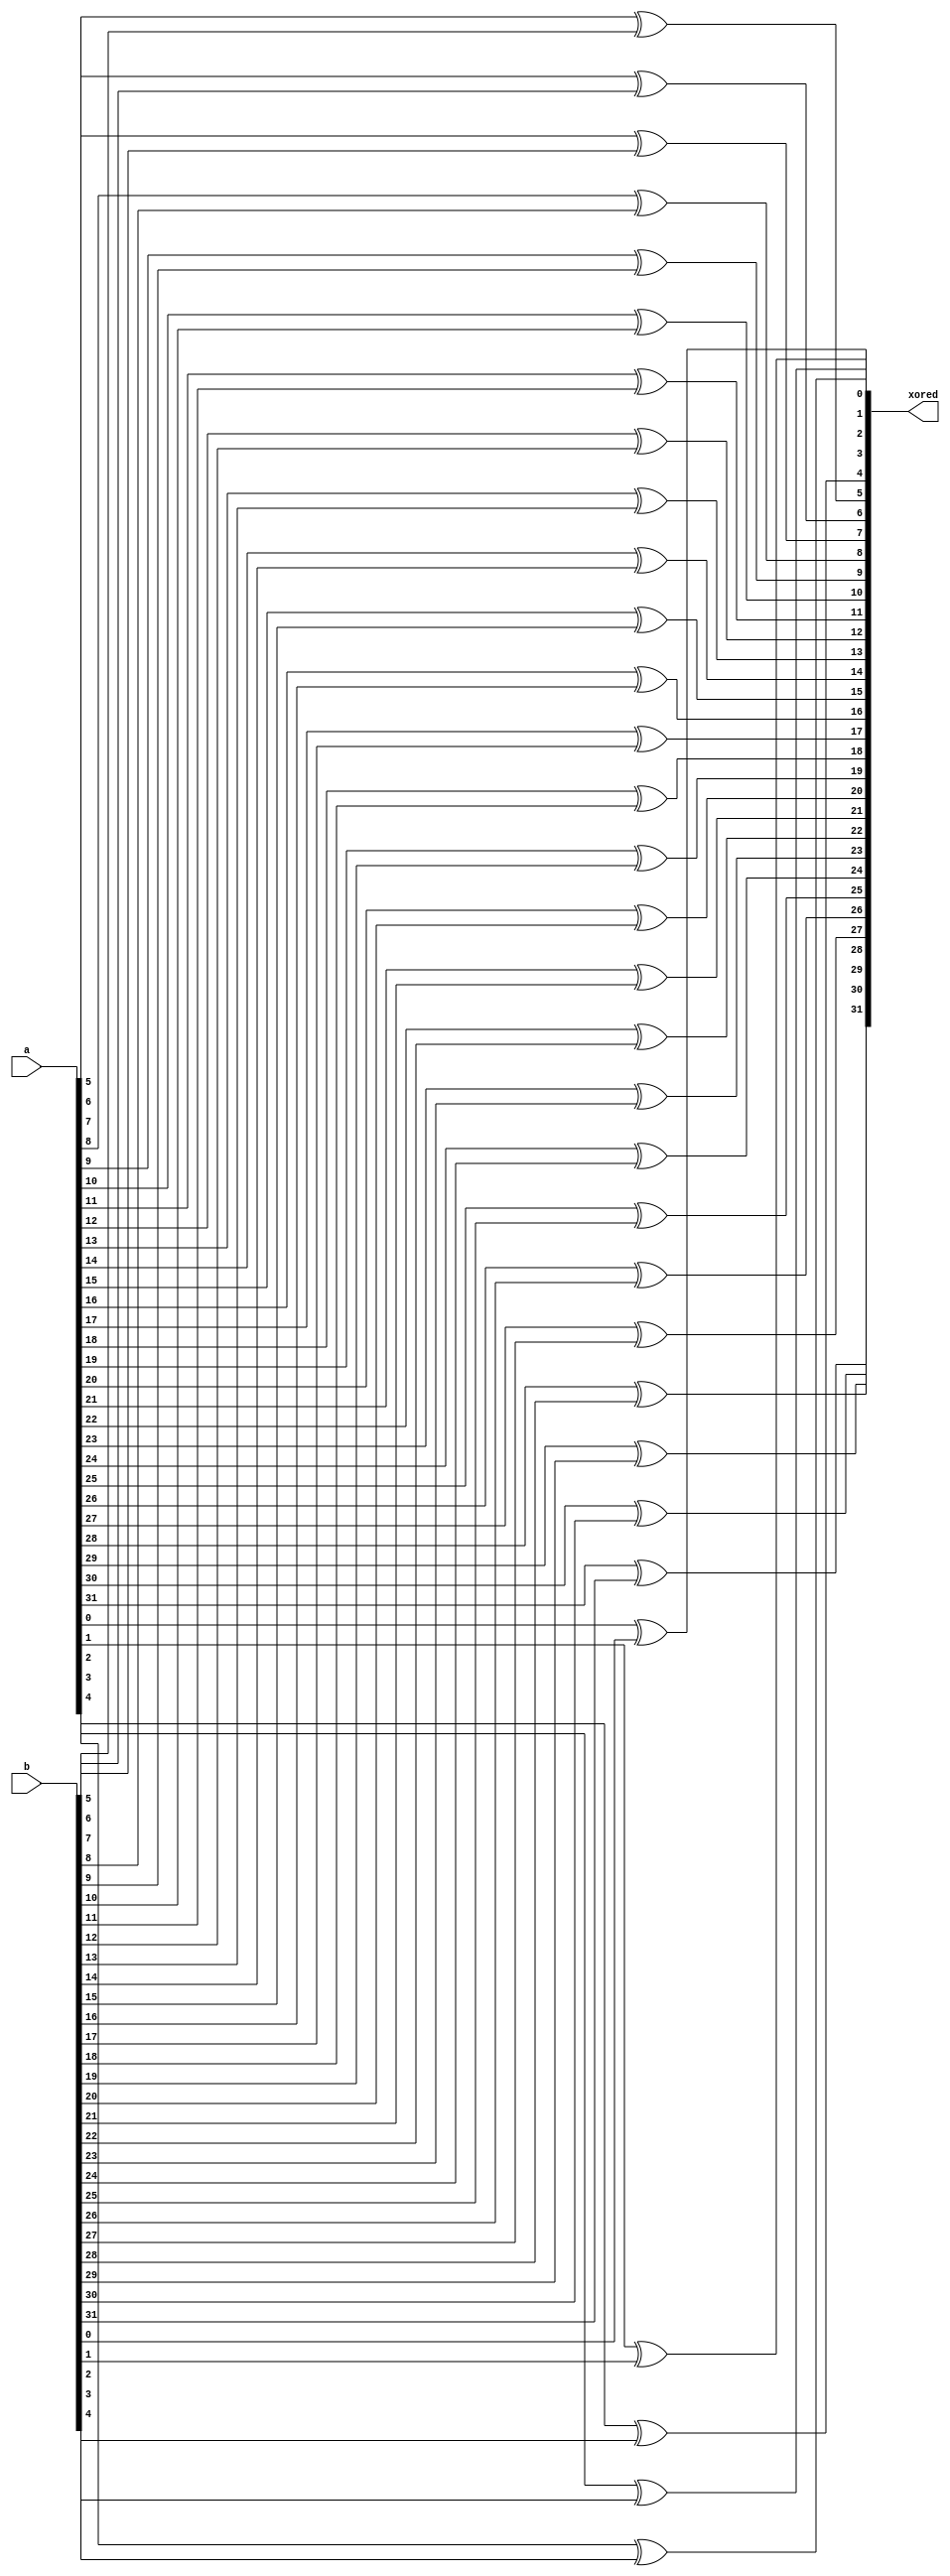
module xorer(xored, a, b);
	input [31:0]a, b;
	output [31:0]xored;

	xor xoring0(xored[0], a[0], b[0]);
	xor xoring1(xored[1], a[1], b[1]);
	xor xoring2(xored[2], a[2], b[2]);
	xor xoring3(xored[3], a[3], b[3]);
	xor xoring4(xored[4], a[4], b[4]);
	xor xoring5(xored[5], a[5], b[5]);
	xor xoring6(xored[6], a[6], b[6]);
	xor xoring7(xored[7], a[7], b[7]);
	xor xoring8(xored[8], a[8], b[8]);
	xor xoring9(xored[9], a[9], b[9]);
	xor xoring10(xored[10], a[10], b[10]);
	xor xoring11(xored[11], a[11], b[11]);
	xor xoring12(xored[12], a[12], b[12]);
	xor xoring13(xored[13], a[13], b[13]);
	xor xoring14(xored[14], a[14], b[14]);
	xor xoring15(xored[15], a[15], b[15]);
	xor xoring16(xored[16], a[16], b[16]);
	xor xoring17(xored[17], a[17], b[17]);
	xor xoring18(xored[18], a[18], b[18]);
	xor xoring19(xored[19], a[19], b[19]);
	xor xoring20(xored[20], a[20], b[20]);
	xor xoring21(xored[21], a[21], b[21]);
	xor xoring22(xored[22], a[22], b[22]);
	xor xoring23(xored[23], a[23], b[23]);
	xor xoring24(xored[24], a[24], b[24]);
	xor xoring25(xored[25], a[25], b[25]);
	xor xoring26(xored[26], a[26], b[26]);
	xor xoring27(xored[27], a[27], b[27]);
	xor xoring28(xored[28], a[28], b[28]);
	xor xoring29(xored[29], a[29], b[29]);
	xor xoring30(xored[30], a[30], b[30]);
	xor xoring31(xored[31], a[31], b[31]);
endmodule